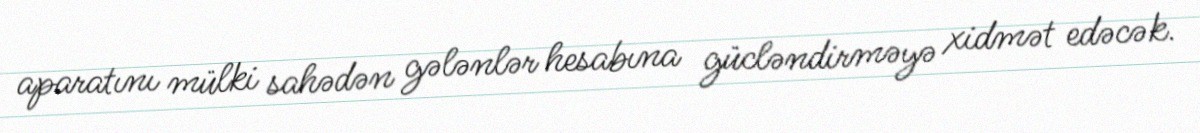
aparatını mülki sahədən gələnlər hesabına gücləndirməyə xidmət edəcək.